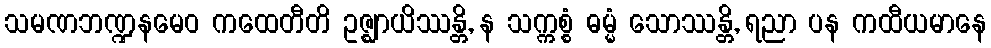
သမဏဘဏ္ဍနမေဝ ကထေတီတိ ဥဇ္ဈာယိဿန္တိ, န သက္ကစ္စံ ဓမ္မံ သောဿန္တိ, ရညာ ပန ကထီယမာနေ